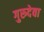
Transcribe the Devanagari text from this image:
गुरुदेवा